Indian journal of veterinary science and animal husbandry - Volumes 15-17, 1948-1951
Year: 1948
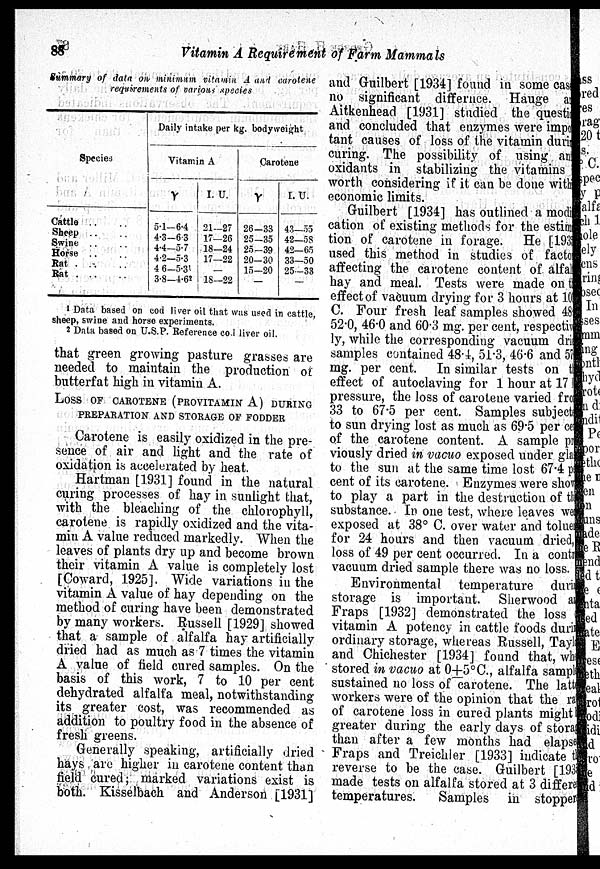
88
Vitamin A Requirement of Farm Mammals
Summary of data on minimum vitamin A and carotene
requirements of various species
Species
Cattle .. ..
Sheep .. ..
Swine .. ..
Horse .. ..
Rat .. ..
Rat .. ..
Daily intake per kg. bodyweight
Vitamin A
γ
5.1—6.4
4.3—6.3
4.4—5.7
4.2—5.3
4 6—5.3
3.8—4.6?
I. U.
21—27
17—26
18—24
17—22
—
18—22
Carotene
γ
26—33
25—35
25—39
20—30
15—20
—
I. U.
43—55
42—58
42—65
33—50
25—33
—
1 Data based on cod liver oil that was used in cattle,
sheep, swine and horse experiments.
2 Data based on U.S.P. Reference cod liver oil.
that green growing pasture grasses are
needed to maintain the production of
butterfat high in vitamin A.
LOSS OF CAROTENE (PROVITAMIN A) DURING
PREPARATION AND STORAGE OF FODDER
Carotene is easily oxidized in the pre
sence of air and light and the rate of
oxidation is accelerated by heat.
Hartman [1931] found in the natural
curing processes of hay in sunlight that,
with the bleaching of the chlorophyll,
carotene is rapidly oxidized and the vita
min A value reduced markedly. When the
leaves of plants dry up and become brown
their vitamin A value is completely lost
[Coward, 1925]. Wide variations in the
vitamin A value of hay depending on the
method of curing have been demonstrated
by many workers. Russell [1929] showed
that a sample of alfalfa hay artificially
dried had as much as 7 times the vitamin
A value of field cured samples. On the
basis of this work, 7 to 10 per cent
dehydrated alfalfa meal, notwithstanding
its greater cost, was recommended as
addition to poultry food in the absence of
fresh greens.
Generally speaking, artificially dried
hays are higher in carotene content than
field cured; marked variations exist is
both. Kisselbach and Anderson [1931]
and Guilbert [1934] found in some case
no significant differnce. Hauge an
Aitkenhead [1931] studied the question
and concluded that enzymes were impor
tant causes of loss of the vitamin during
curing. The possibility of using ant
oxidants in stabilizing the vitamins
worth considering if it can be done within
economic limits.
Guilbert [1934] has outlined a modifi
cation of existing methods for the estima
tion of carotene in forage. He [1933]
used this method in studies of factors
affecting the carotene content of alfab
hay and meal. Tests were made on the
effect of vacuum drying for 3 hours at 10
C. Four fresh leaf samples showed 48.0
52.0, 46.0 and 60.3 mg. per cent, respectiv-
ly, while the corresponding vacuum dr
samples contained 48.4, 51.3, 46.6 and 57
mg. per cent. In similar tests on the
effect of autoclaving for 1 hour at 17
pressure, the loss of carotene varied from
33 to 67.5 per cent. Samples subjects
to sun drying lost as much as 69.5 per cet
of the carotene content. A sample per
viously dried in vacuo exposed under gla
to the sun at the same time lost 67.4 per
cent of its carotene. Enzymes were show
to play a part in the destruction of the
substance. In one test, where leaves we
exposed at 38° C. over water and toluen
for 24 hours and then vacuum dried,
loss of 49 per cent occurred. In a contr
vacuum dried sample there was no loss.
Environmental temperature during
storage is important. Sherwood and
Fraps [1932] demonstrated the loss
vitamin A potency in cattle foods during
ordinary storage, whereas Russell, Taylar
and Chichester [1934] found that, wh
stored in vacuo at 0±5°C, alfalfa sample
sustained no loss of carotene. The latt
workers were of the opinion that the ra
of carotene loss in cured plants might be
greater during the early days of storage
than after a few months had elapsed
Fraps and Treichler [1933] indicate the
reverse to be the case. Guilbert [1933]
made tests on alfalfa stored at 3 different
temperatures.
Samples in stopper